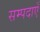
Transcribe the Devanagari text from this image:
सम्पदाएँ